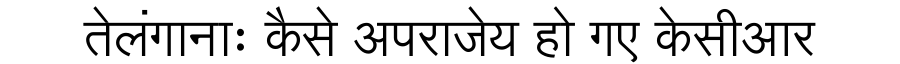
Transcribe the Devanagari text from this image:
तेलंगानाः कैसे अपराजेय हो गए केसीआर